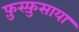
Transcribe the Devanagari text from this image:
फ़ुस्फ़ुसाया